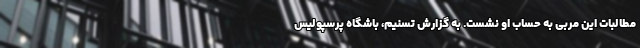
مطالبات این مربی به حساب او نشست. به گزارش تسنیم، باشگاه پرسپولیس